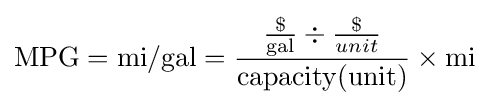
{\text{MPG}}={\text{mi}}/{\text{gal}}={{\$ \over {\text{gal}}}\div {\$ \over unit} \over {\text{capacity(unit)}}}\times {\text{mi}}